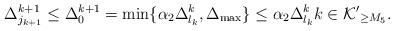
LaTeX: \begin{align*}\Delta^{k+1}_{j_{k+1}}\leq \Delta^{k+1}_0=\min\{\alpha_2\Delta^k_{l_k} ,\Delta_{\max}\}\leq \alpha_2\Delta^k_{l_k}k\in\mathcal{K'}_{\geq M_5}.\end{align*}